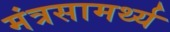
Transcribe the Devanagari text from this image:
मंत्रसामर्थ्य